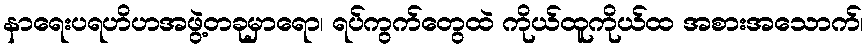
နာရေးပရဟိဟအဖွဲ့တခုမှာရော၊ ရပ်ကွက်တွေထဲ ကိုယ်ထူကိုယ်ထ အစားအသောက်၊